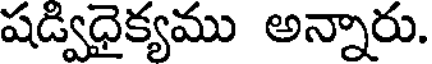
షడ్విధైక్యము అన్నారు.